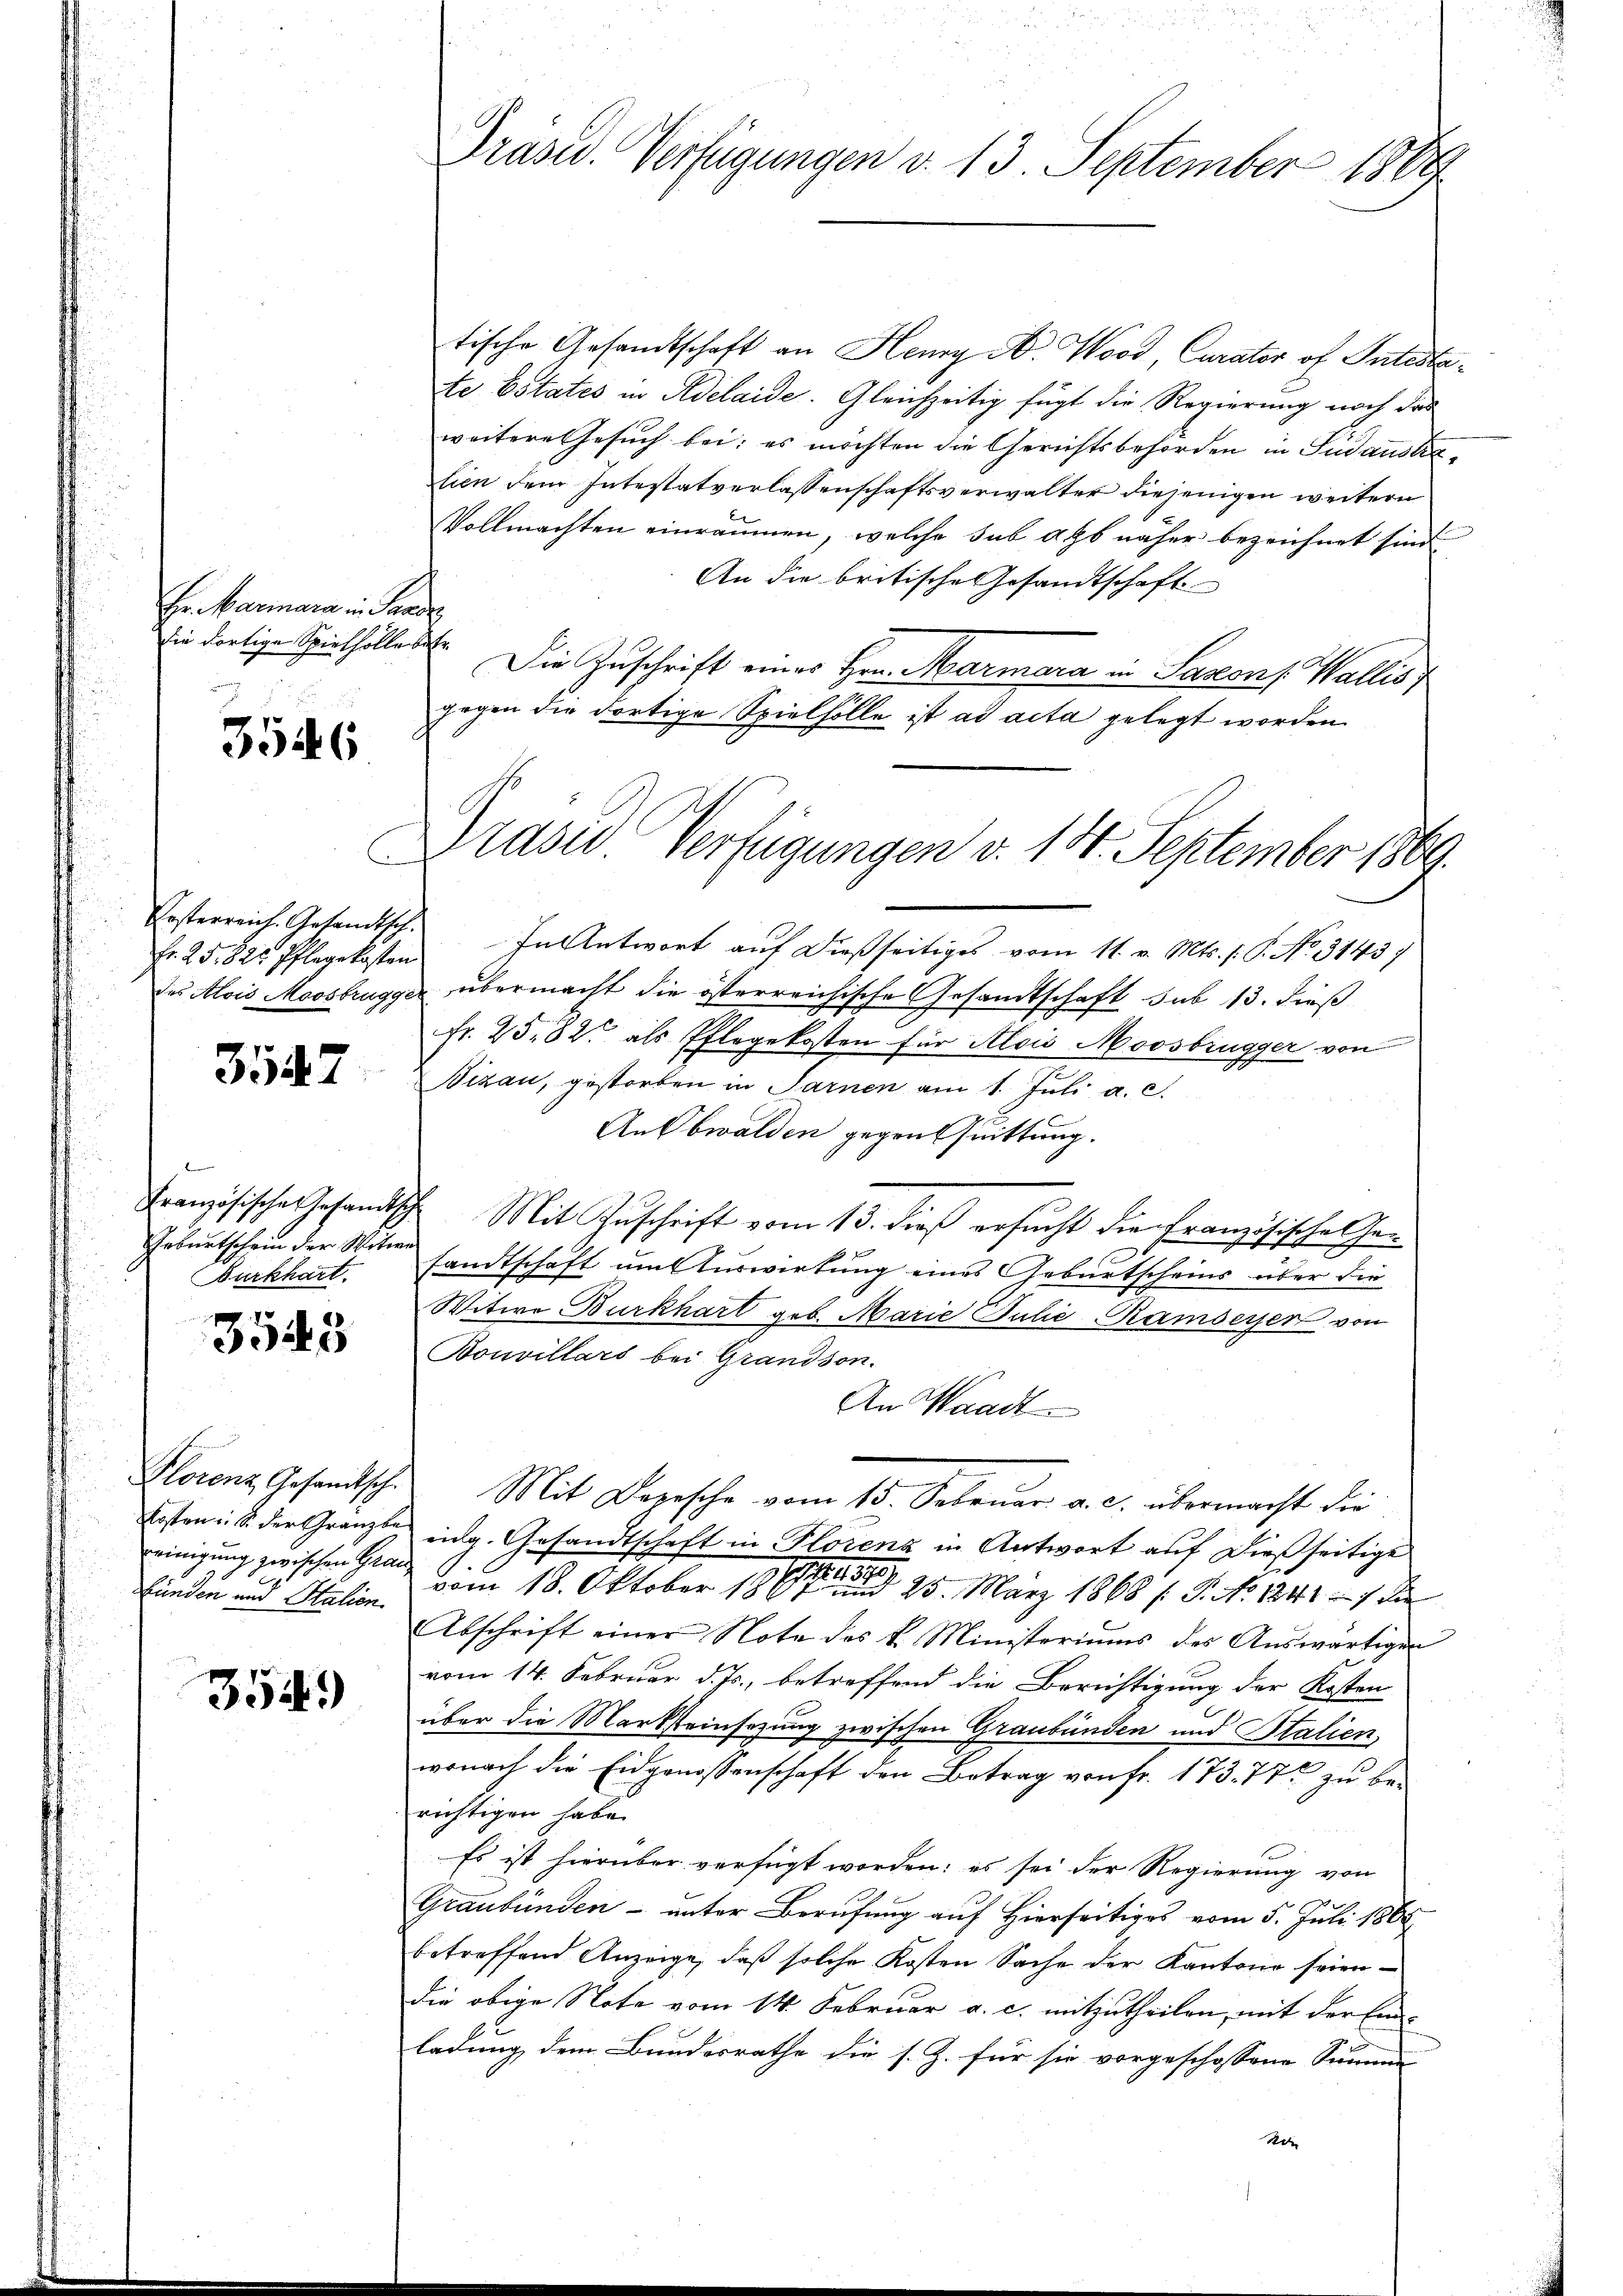
Hr. Mariara in Paadz

3546

C
Fr. 25. 822 Pflegekosten

3547

f
Französische Gesandts
Geburtschein der Witwe
Burkhart.

3543

Klorenz Gesandtsch.
kosten S. der Granzbe
einigung zwischen Henn
Bünden und Stalien

354)

Präsid. Verfügungen d. 13. September 1889

tische Gesandtschaft an Henry A. Wood, Curator of Intestate Estates in Adelaide. Gleichzeitig fügt die Regierung noch das
weitere Gesuch bei; es möchten die Gerichtsbehörden in Sudaustralien dem Intestatverlassenschaftsverwalter diejenigen weitern
Vollmachten einräumen, welche sub als näher bezeichnet sind
An die britische Gesandtschaft
die dortige Spielhöller Die Zuschrift eines Hrn. Marmara in Saxons Wallis
gegen die dortige Spielhölle ist ad acta gelegt worden
Ersterreich. Gesandtsch. In Antwort auf dießseitiges vom 11. v. Mts. f. P. No. 31437
des Alois Moosbrugger übermacht die österreichische Gesandtschaft sub 13. dieß
Fr. 25. 82 als Pflegekosten für Alois Moosbrügger von
Bizau, gestorben in Sarnen am 1. Juli a. c.
AnObwalden gegen Quittung.
 Mit Zuschrift vom 13. dieß ersucht die Französische Gesandtschaft um Auswirtung eines Geburtscheins über die
Witwe Burkhart geb. Marie Julić-Ramseyer von
Bouvillars bei Grandson.
An Waadt
Mit Bozische vom 15. Februar a. c. übermacht die
eidg. Gesandtschaft in Florenz in Antwort auf dießseitige
vom 18. Oktober 1860 n 25. März 1868 (S. No 1241 — 1 de
Abschrift einer Note des k. Ministoriums des Auswärtigen
vom 14. Februar d. Js., betreffend die Berichtigung der Kosten
über die Marksteinsezung zwischen Graubünden und Stalien,
wonach die Eidgenossenschaft den Betrag von Fr. 173. 77 zu berichtigen habe.
Es ist hierüber verfügt worden; es sei der Regierung von
Graubünden- unter Berufung auf hierseitiges vom 5. Juli 1864
betreffend Anzeige, daß solche Kosten Sache der Kantone seien
die obige Note vom 14. Februar a. c. mitzutheilen, mit der Einladung dem Bundesrathe die s. Z. für sie vorgeschossene Summe
Ader

Graser Verfügungen v. 18. September 1869.